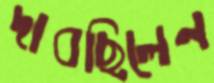
দাবছিলেন